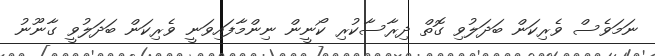
ނަމަވެސް ވެރިކަން ބަދަލުވި ގޮތް ދިރާސާކުރި ކޯނީން ނިންމާފައިވަނީ ވެރިކަން ބަދަލުވީ ގާނޫނު